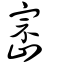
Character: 崈